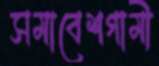
সমাবেশগামী